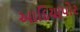
આદિયાપોર